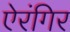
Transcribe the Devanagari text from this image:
ऐरंगिर